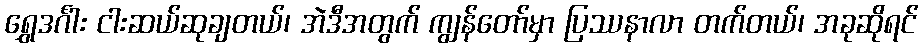
ရွှေဒင်္ဂါး ငါးဆယ်ဆုချတယ်၊ အဲဒီအတွက် ကျွန်တော်မှာ ပြဿနာလာ တက်တယ်၊ အခုဆိုရင်